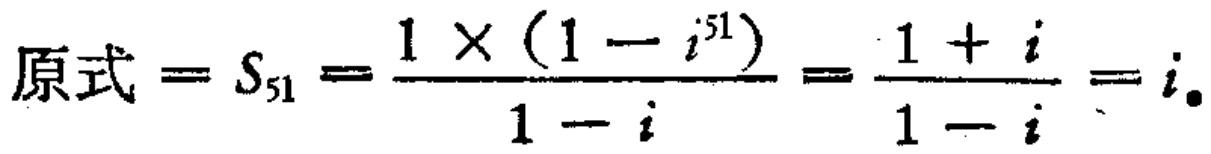
原式 = \(S_{51}=\frac{1\times(1 - i^{51})}{1 - i}=\frac{1 + i}{1 - i}=i\)